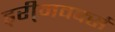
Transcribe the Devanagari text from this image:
ड्री्मवर्क्स